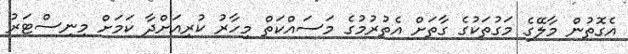
އެގޮތުން މާލޭގެ މަގުތަކުގެ ގާތަށް އެތުރުމުގެ މަސައްކަތް މިހާރު ކުރިއަށްދާ ކަމަށް މިނިސްޓަރު